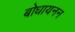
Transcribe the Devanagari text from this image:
बोधायनन